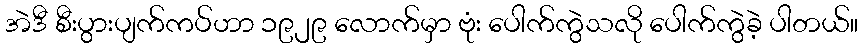
အဲဒီ စီးပွားပျက်ကပ်ဟာ ၁၉၂၉ လောက်မှာ ဗုံး ပေါက်ကွဲသလို ပေါက်ကွဲခဲ့ ပါတယ်။